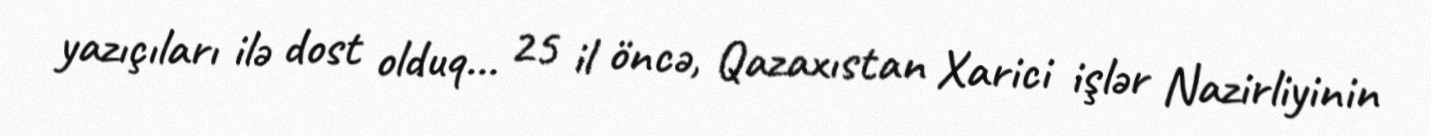
yazıçıları ilə dost olduq... 25 il öncə, Qazaxıstan Xarici işlər Nazirliyinin